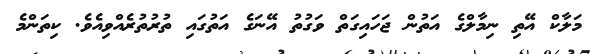
މަލާކް އޭތި ނިމާލްގެ އަތުން ޖަހައިގަތް ވަގުތު އޭނަގެ އަތުގައި ތުރުތުރެއްވިއެވެ. ކިތަންމެ